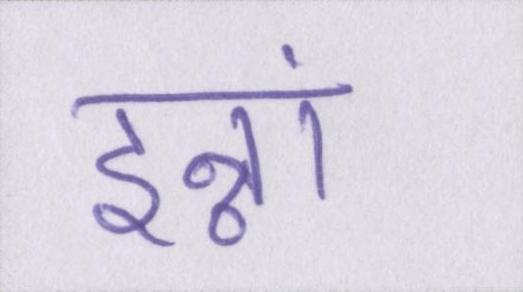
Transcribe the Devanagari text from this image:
इन्नां